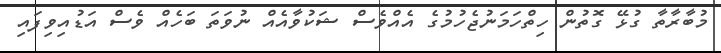
މުބާރާތާ ގުޅޭ ގޮތުން ހިތްހަމަނުޖެހުމުގެ އެއްވެސް ޝަކުވާއެއް ނުވަތަ ބަހެއް ވެސް އަޑުއިވިފައި